Indian journal of veterinary science and animal husbandry - Volume 6,
Year: 1936
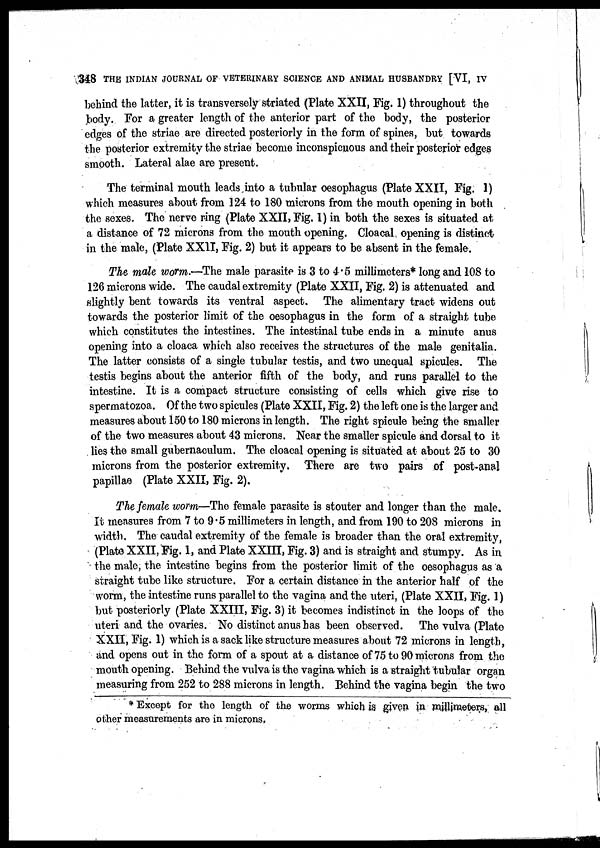
348 THE INDIAN JOURNAL OF VETERINARY SCIENCE AND ANIMAL HUSBANDRY [VI, IV
behind the latter, it is transversely striated (Plate XXII, Fig. 1) throughout the
body. For a greater length of the anterior part of the body, the posterior
edges of the striae are directed posteriorly in the form of spines, but towards
the posterior extremity the striae become inconspicuous and their posterior edges
smooth. Lateral alae are present.
The terminal mouth leads into a tubular oesophagus (Plate XXII, Fig. 1)
which measures about from 124 to 180 microns from the mouth opening in both
the sexes. The nerve ring (Plate XXII, Fig. 1) in both the sexes is situated at
a distance of 72 microns from the mouth opening. Cloacal opening is distinct
in the male, (Plate XXII, Fig. 2) but it appears to be absent in the female.
The male worm.—The male parasite is 3 to 4.5 millimeters* long and 108 to
126 microns wide. The caudal extremity (Plate XXII, Fig. 2) is attenuated and
slightly bent towards its ventral aspect. The alimentary tract widens out
towards the posterior limit of the oesophagus in the form of a straight tube
which constitutes the intestines. The intestinal tube ends in a minute anus
opening into a cloaca which also receives the structures of the male genitalia
The latter consists of a single tubular testis, and two unequal spicules. The
testis begins about the anterior fifth of the body, and runs parallel to the
intestine. It is a compact structure consisting of cells which give rise to
spermatozoa. Of the two spicules (Plate XXII, Fig. 2) the left one is the larger and
measures about 150 to 180 microns in length. The right spicule being the smaller
of the two measures about 43 microns. Near the smaller spicule and dorsal to it
lies the small gubernaculum. The cloacal opening is situated at about 25 to 30
microns from the posterior extremity. There are two pairs of post-anal
papillae (Plate XXII, Fig. 2).
The female worm—The female parasite is stouter and longer than the male.
It measures from 7 to 9.5 millimeters in length, and from 190 to 208 microns in
width. The caudal extremity of the female is broader than the oral extremity,
(Plate XXII, Fig. 1, and Plate XXIII, Fig. 3) and is straight and stumpy. As in
the male, the intestine begins from the posterior limit of the oesophagus as a
straight tube like structure. For a certain distance in the anterior half of the
worm, the intestine runs parallel to the vagina and the uteri, (Plate XXII, Fig. 1)
but posteriorly (Plate XXIII, Fig. 3) it becomes indistinct in the loops of the
uteri and the ovaries. No distinct anus has been observed. The vulva (Plate
XXII, Fig. 1) which is a sack like structure measures about 72 microns in length,
and opens out in the form of a spout at a distance of 75 to 90 microns from the
mouth opening. Behind the vulva is the vagina which is a straight tubular organ
measuring from 252 to 288 microns in length. Behind the vagina begin the two
* Except for the length of the worms which is given in millimeters, all
other measurements are in microns.